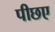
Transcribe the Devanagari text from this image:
पीछए